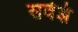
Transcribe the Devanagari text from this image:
सर्वज्ञं